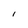
Character: I